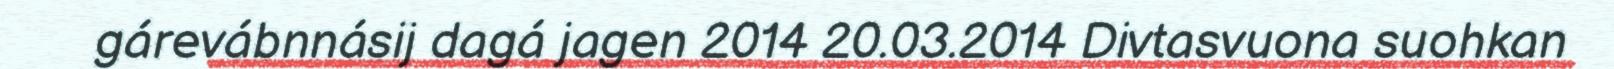
gárevábnnásij dagá jagen 2014 20.03.2014 Divtasvuona suohkan